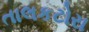
તાલકટોરા